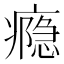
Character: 瘾